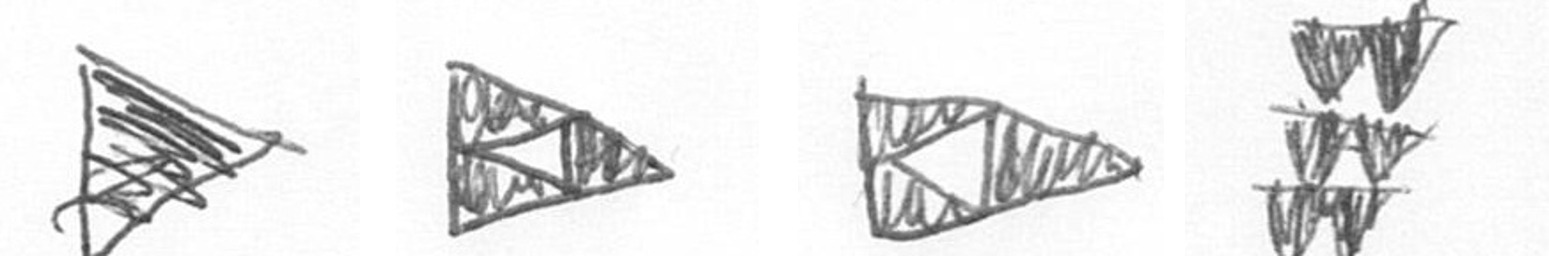
T K K Y